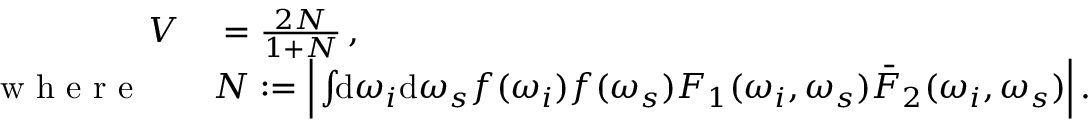
\begin{array} { r l } { V } & { { } = \frac { 2 N } { 1 + N } \, , } \\ { \mathrm { ~ w ~ h ~ e ~ r ~ e ~ } \quad } & { { } N : = \Big | \int \! \! \mathrm { d } \omega _ { i } \mathrm { d } \omega _ { s } f ( \omega _ { i } ) f ( \omega _ { s } ) F _ { 1 } ( \omega _ { i } , \omega _ { s } ) \bar { F } _ { 2 } ( \omega _ { i } , \omega _ { s } ) \Big | \, . } \end{array}